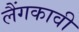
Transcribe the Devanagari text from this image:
लैंगकावी